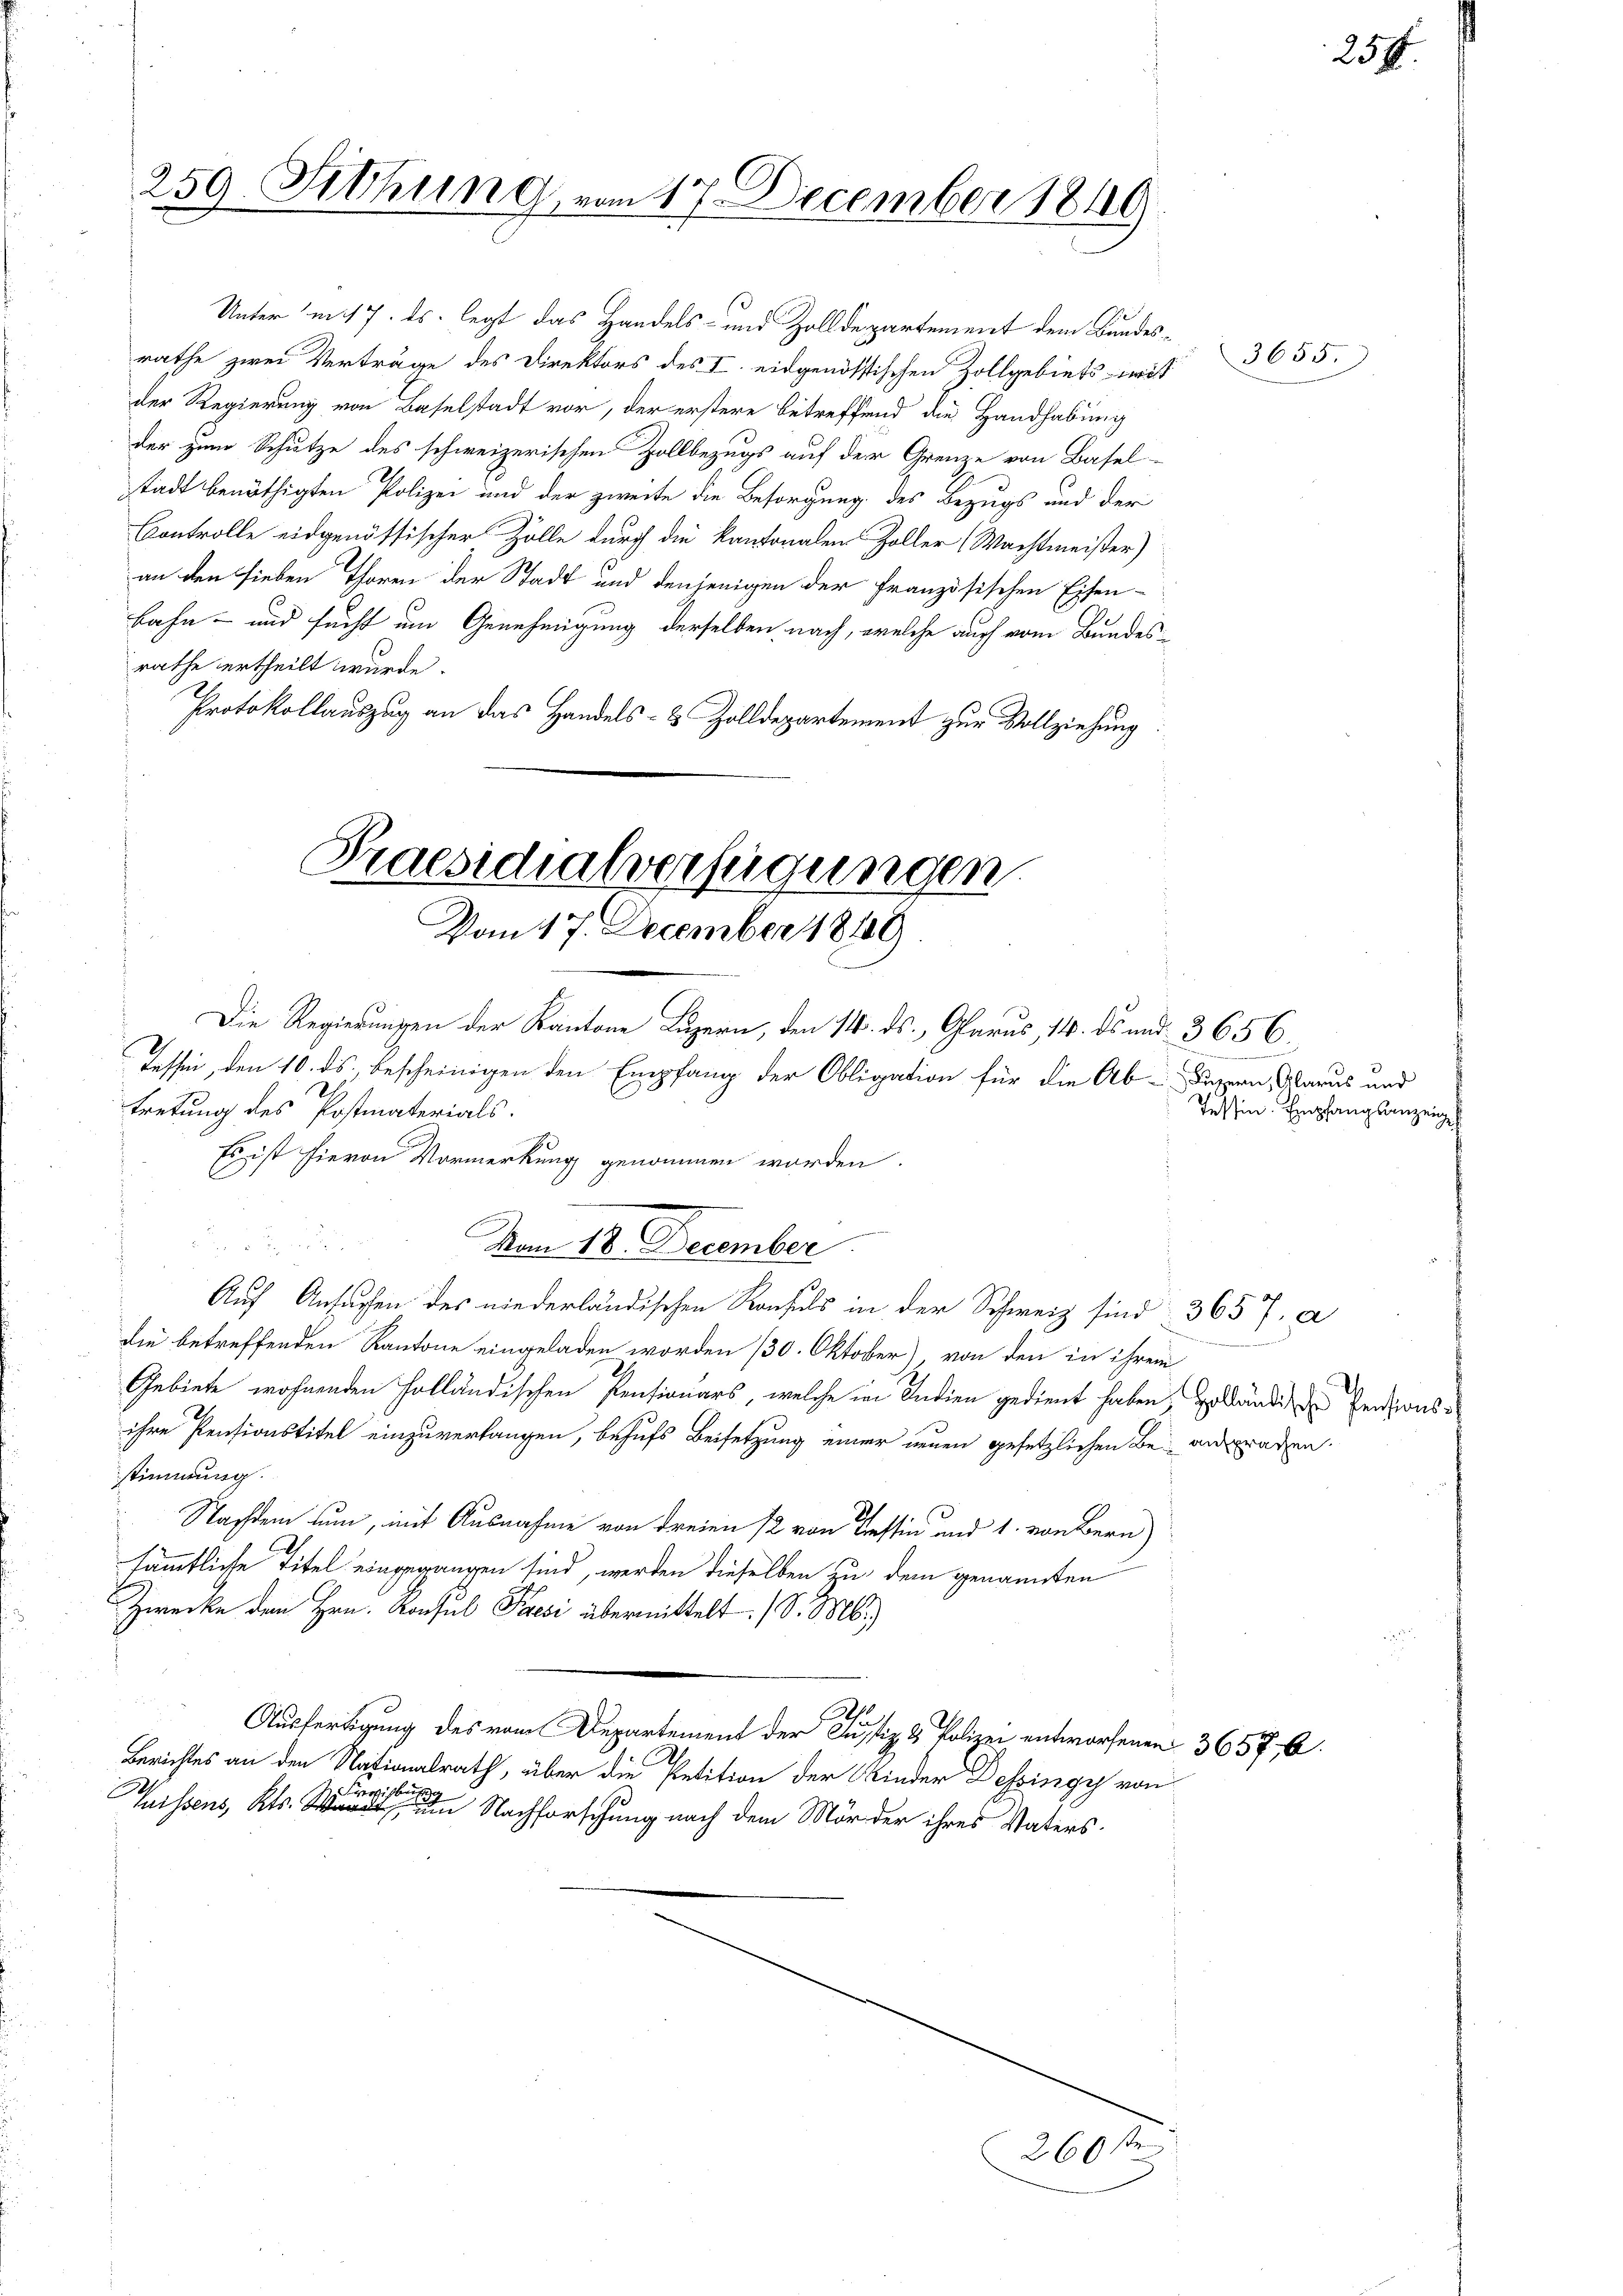
Protokollauszug an das Handels- & Zolldepartement zur Vollziehung

259. Sitzung vom 17. December 1849

Unter in 17. ds. legt das Handels- und Zolldepartement dem Bundesrathe zwei Verträge des Direktors des I. eidgenössischen Zollgebiets - wi
der Regierung von Baselstadt vor, der erstere betreffend die Handhabung
der zum Schutze des schweizerischen Zollbezugs auf der Grenze von Basel-
stadt benöthigten Polizei und der zweite die Besorgung des Bezugs und der
Controlle eidgenössischer Zölle durch die kantonalen Zoller Machtmeister)
an den sieben Thoren der Stadt und denjenigen der Französischen Eisen-
bahn- und sucht um Genehmigung derselben nach, welche auch vom Bundesrathe ertheilt wurde.

Praesidialverfügungen.
Vom 17. December 1889

Die Regierungen der Kantone Luzern, den 14. ds. Glarus, 14. ds und 3656.
Tessin, den 10. ds., bescheinigen den Empfang der Obligation für die Ab- Sinnern Warus und
tretung des Postmaterials.

Auf Ansuchen der niederländischen Konsuls in der Schweiz sind 3657. a
die betreffenden Kantone eingeladen worden 130. Oktober), von den in ihrem
Gebiete wohnenden Holländischen Pensionars, welche in Indien gedient haben, geländige Erndtonsihre Pensionstitel einzuverlangen, behufs Beisetzung einer neuen gesetzlichen Be- angraden.
stimmung.
2
Nachdem tun, mit Ausnahme von dreien 12 von Tessin und 1. von Bern
sämmtliche Titel eingegangen sind, werden dieselben zu dem genannten
Zwecke dem Hrn. Konsul Paesi übermittelt. (S. M.)
Ausfertigung des vom Departement der Justiz & Polizei entworfenen 3657. 6
Berichtes an den Nationalrath, über die Petition der Kinder Dessingy von
sisber
Puissens, Kts. Nachforschung nach dem Mörder ihres Vaters¬

Es ist hievon Vormerkung genommen worden.
Vom 18. December

u
2601

3655.

Tessin. Empfangsanzeig

.
)

25ff.